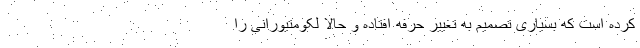
کرده است که بسیاری تصمیم به تغییر حرفه افتاده و حالا لکومتیورانی را